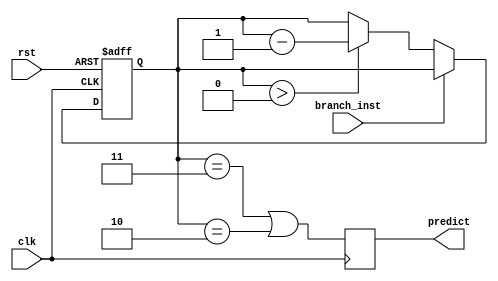
module branch_predictor(
    input clk,
    input rst,
    input branch_inst,
    output reg predict
);

reg [1:0] counter;

always @(posedge clk or posedge rst) begin
    if (rst) begin
        counter <=2'b00;
    end else begin
        if (branch_inst) begin
            if (counter << 2'b11) begin
                counter <= counter + 1;
            end
        end else begin
            if (counter > 2'b00) begin
                counter <= counter -1;
            end
        end
    end
end
always @(posedge clk) begin
    predict <= (counter == 2'b11) || (counter ==2'b10);
end

endmodule